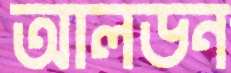
আলডন